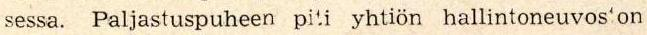
sessa. Paljastuspuheen piti yhtiön hallintoneuvos on